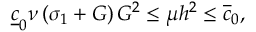
\begin{array} { r } { \underline { { c } } _ { 0 } \nu \left( \sigma _ { 1 } + G \right) G ^ { 2 } \leq { \mu h ^ { 2 } } \leq \overline { { c } } _ { 0 } , } \end{array}